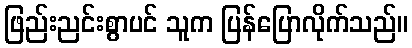
ဖြည်းညင်းစွာပင် သူက ပြန်ပြောလိုက်သည်။